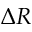
\Delta R